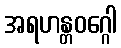
အရဟန္တဝဂ္ဂေါ